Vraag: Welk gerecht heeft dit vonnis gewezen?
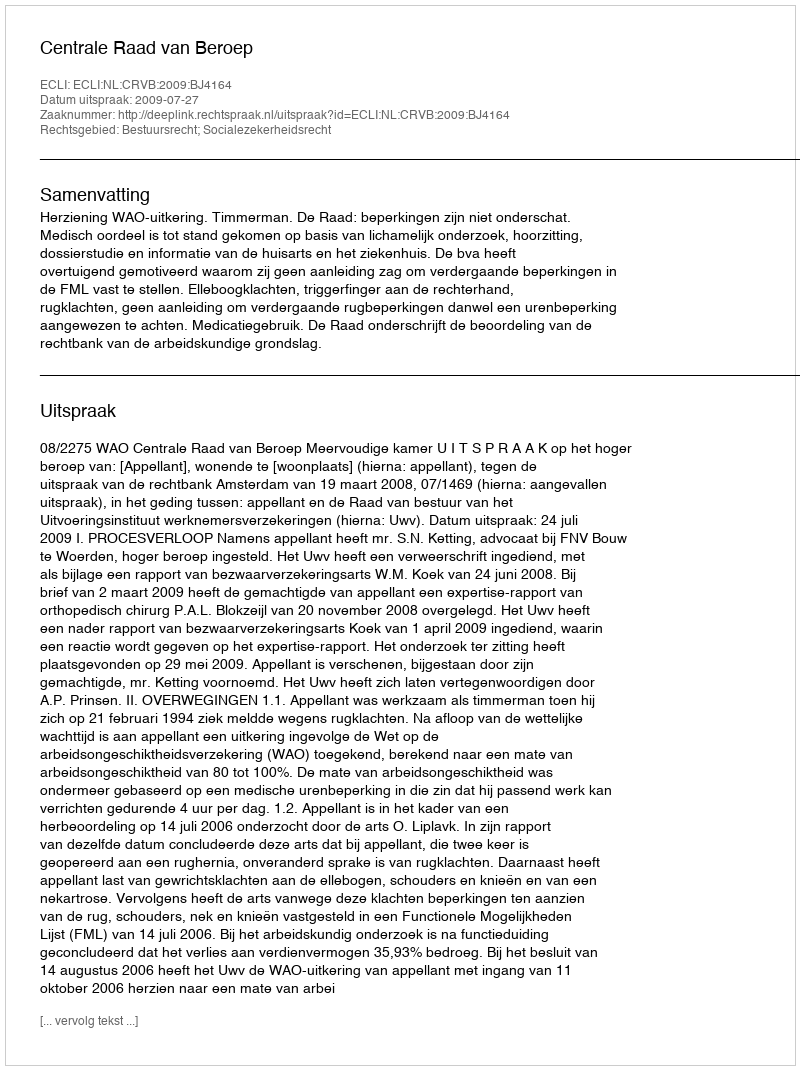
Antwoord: Centrale Raad van Beroep